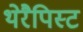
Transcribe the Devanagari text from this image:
थेरैपिस्ट